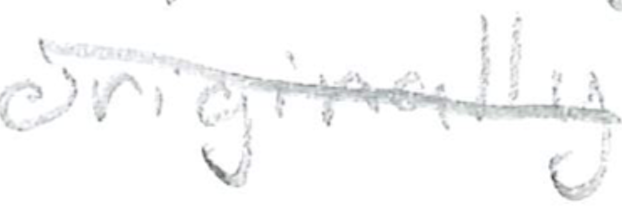
Text: originally
Cross-out: diagonal
Writing tool: pencil